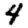
Digit: 4